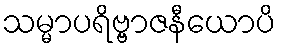
သမ္မာပရိဗ္ဗာဇနီယောပိ